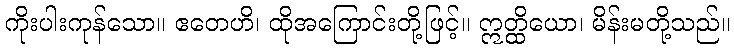
ကိုးပါးကုန်သော။ ဧတေဟိ၊ ထိုအကြောင်းတို့ဖြင့်။ ဣတ္ထိယော၊ မိန်းမတို့သည်။